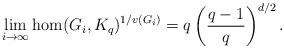
LaTeX: \begin{align*}\lim_{i\to \infty}\hom(G_i,K_q)^{1/v(G_i)}=q\left(\frac{q-1}{q}\right)^{d/2}.\end{align*}